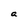
Character: a